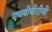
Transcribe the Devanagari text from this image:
एचबीबीटीवी